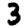
Digit: 3